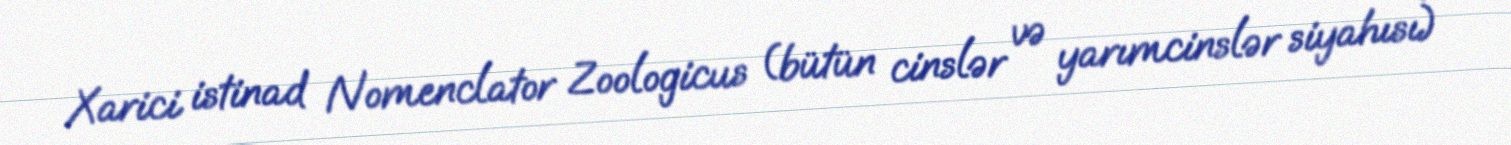
Xarici istinad Nomenclator Zoologicus (bütün cinslər və yarımcinslər siyahısı)